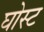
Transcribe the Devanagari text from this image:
घोस्‍ट